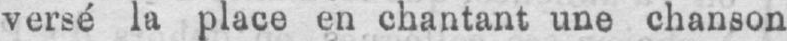
versé la place en chantant une chanson